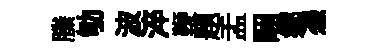
縢劬波淬鞭題盂睏鄉慿